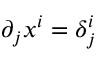
\partial _ { j } x ^ { i } = \delta _ { j } ^ { i }